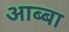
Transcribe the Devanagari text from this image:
आब्बा